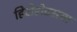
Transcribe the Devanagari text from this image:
हिरोडोटसचा